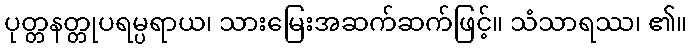
ပုတ္တနတ္တုပရမ္ပရာယ၊ သားမြေးအဆက်ဆက်ဖြင့်။ သံသာရဿ၊ ၏။